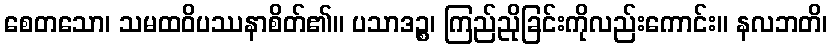
စေတသော၊ သမထဝိပဿနာစိတ်၏။ ပသာဒဉ္စ၊ ကြည်ညိုခြင်းကိုလည်းကောင်း။ နလဘတိ၊